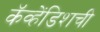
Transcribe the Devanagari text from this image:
कॅव्हेंडिशची